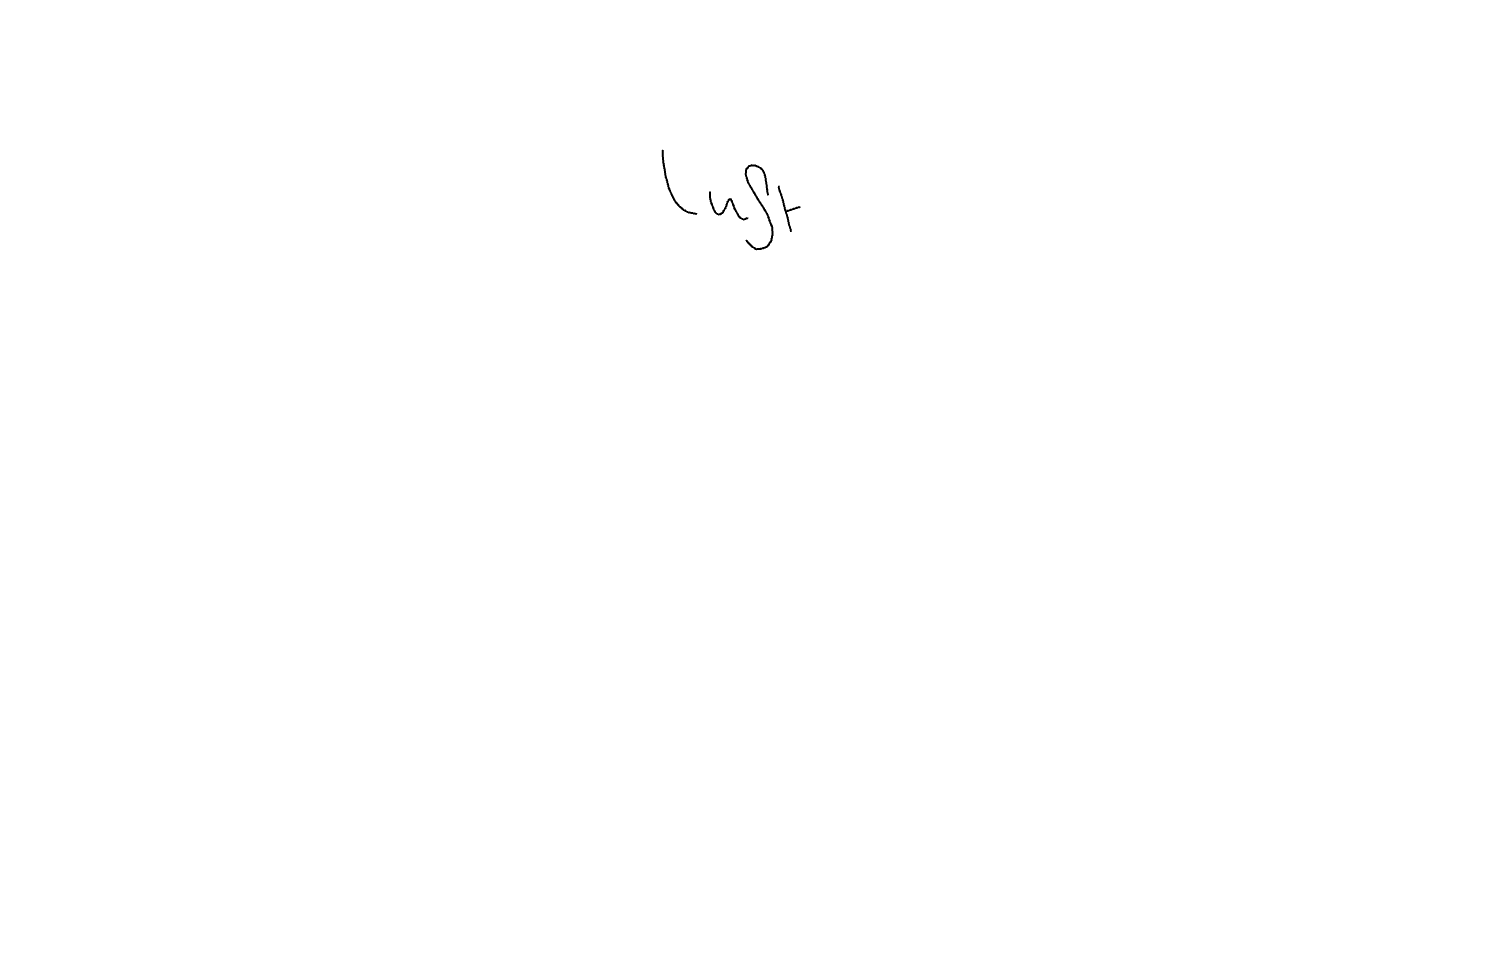
Text: Luft